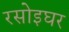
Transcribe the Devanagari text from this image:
रसोइघर